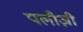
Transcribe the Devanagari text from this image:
पलीज़ी